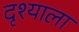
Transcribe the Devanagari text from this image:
दृश्याला